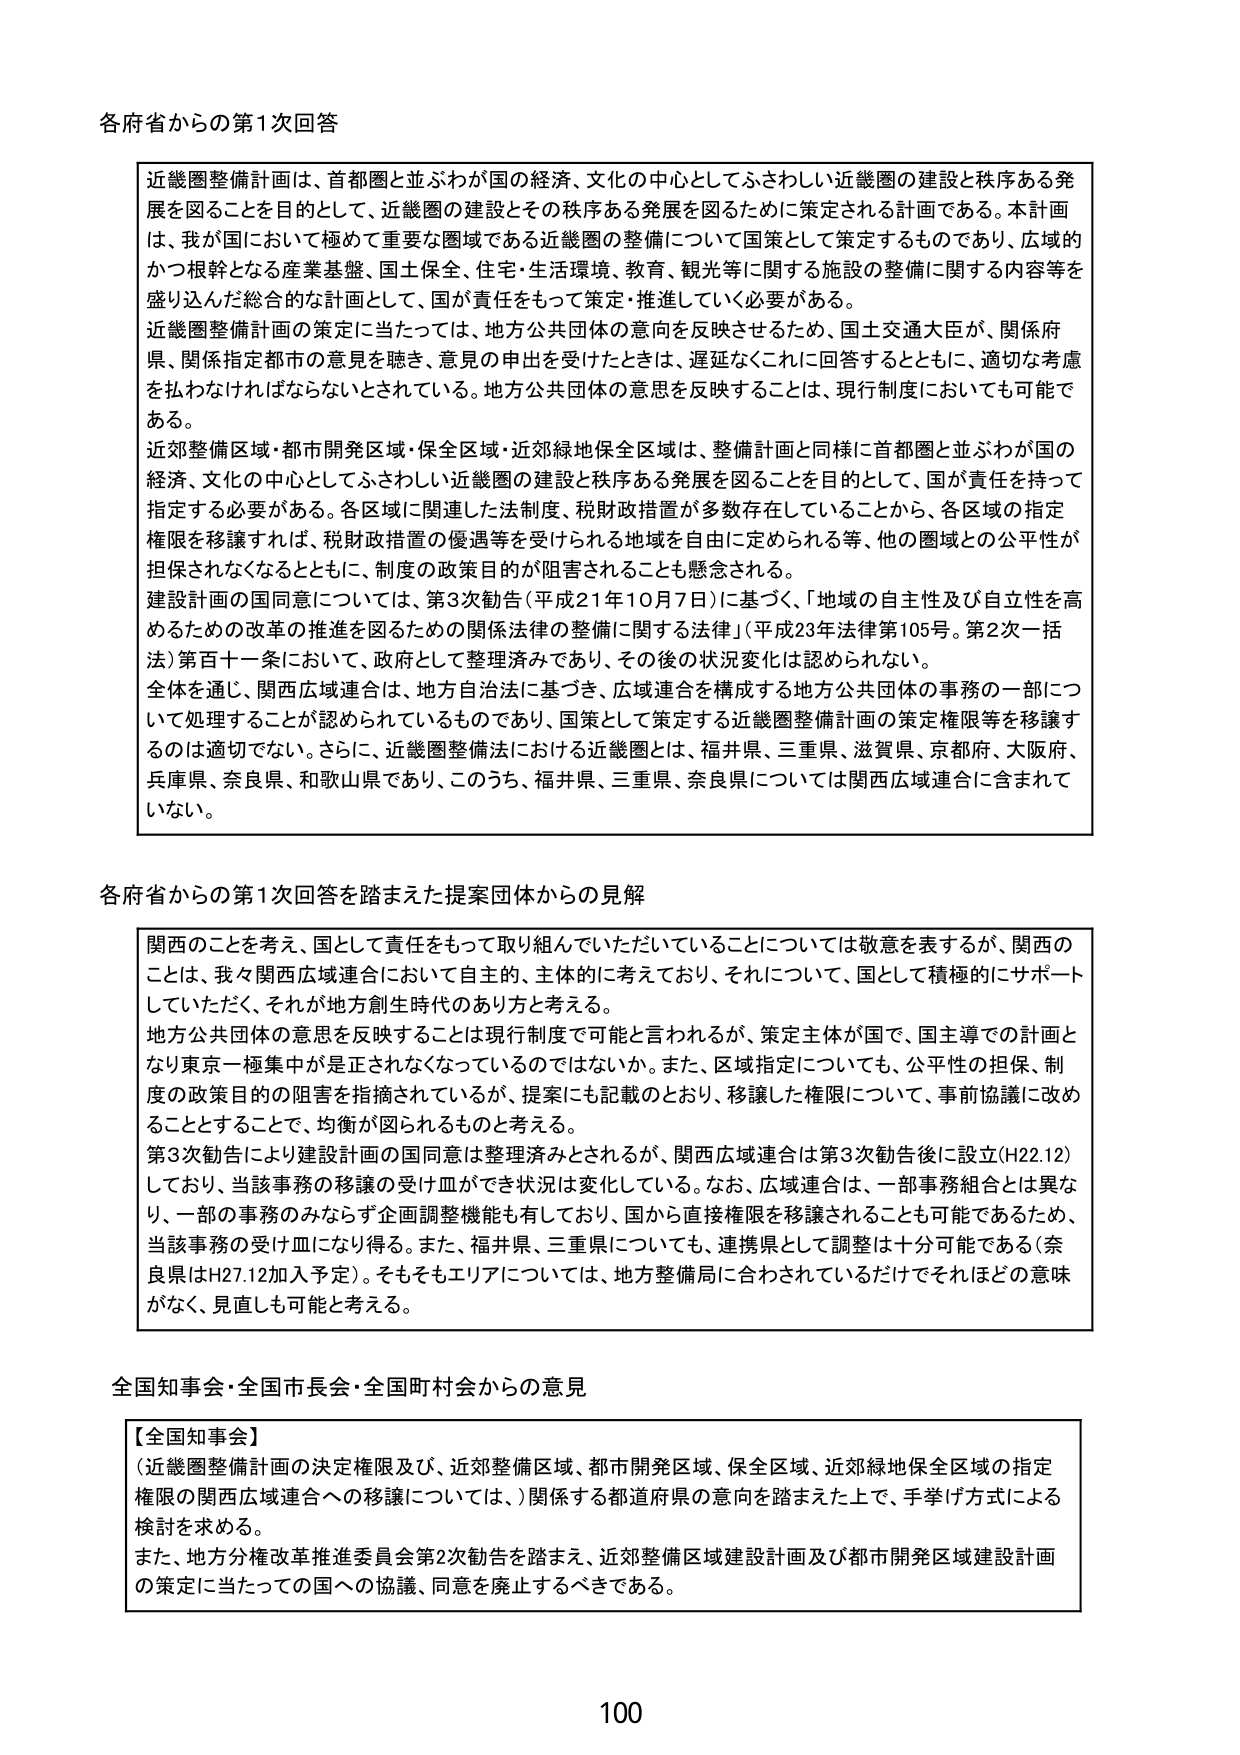
各府省からの第1次回答

近畿圏整備計画は、首都圏と並ぶわが国の経済、文化の中心としてふさわしい近畿圏の建設と秩序ある発展を図ることを目的として、近畿圏の建設とその秩序ある発展を図るために策定される計画である。本計画は、我が国において極めて重要な圏域である近畿圏の整備について国策として策定するものであり、広域的かつ根幹となる産業基盤、国土保全、住宅・生活環境、教育、観光等に関する施設の整備に関する内容等を盛り込んだ総合的な計画として、国が責任をもって策定・推進していく必要がある。

近畿圏整備計画の策定に当たっては、地方公共団体の意向を反映させるため、国土交通大臣が、関係府県、関係指定都市の意見を聴き、意見の申出を受けたときは、遅延なくこれに回答するとともに、適切な考慮を払わなければならないとされている。地方公共団体の意思を反映することは、現行制度においても可能である。

近郊整備区域・都市開発区域・保全区域・近郊緑地保全区域は、整備計画と同様に首都圏と並ぶわが国の経済、文化の中心としてふさわしい近畿圏の建設と秩序ある発展を図ることを目的として、国が責任を持って指定する必要がある。各区域に関連した法制度、税財政措置が多数存在していることから、各区域の指定権限を移譲すれば、税財政措置の優遇等を受けられる地域を自由に定められる等、他の圏域との公平性が担保されなくなるとともに、制度の政策目的が阻害されることも懸念される。

建設計画の国同意については、第3次勧告（平成21年10月7日）に基づく、「地域の自主性及び自立性を高めるための改革の推進を図るための関係法律の整備に関する法律」（平成23年法律第105号。第2次一括法）第百十一条において、政府として整理済みであり、その後の状況変化は認められない。

全体を通じ、関西広域連合は、地方自治法に基づき、広域連合を構成する地方公共団体の事務の一部について処理することが認められているものであり、国策として策定する近畿圏整備計画の策定権限等を移譲するのは適切でない。さらに、近畿圏整備法における近畿圏とは、福井県、三重県、滋賀県、京都府、大阪府、兵庫県、奈良県、和歌山県であり、このうち、福井県、三重県、奈良県については関西広域連合に含まれていない。

各府省からの第1次回答を踏まえた提案団体からの見解

関西のことを考え、国として責任をもって取り組んでいただいていることについては敬意を表するが、関西のことは、我々関西広域連合において自主的、主体的に考えており、それについて、国として積極的にサポートしていただく、それが地方創生時代のあり方と考える。

地方公共団体の意思を反映することは現行制度で可能と言われるが、策定主体が国で、国主導での計画となり東京一極集中が是正されなくなっているのではないか。また、区域指定についても、公平性の担保、制度の政策目的の阻害を指摘されているが、提案にも記載のとおり、移譲した権限について、事前協議に改めることとすることで、均衡が図られるものと考える。

第3次勧告により建設計画の国同意は整理済みとされるが、関西広域連合は第3次勧告後に設立（H22.12）しており、当該事務の移譲の受け皿ができ状況は変化している。なお、広域連合は、一部事務組合とは異なり、一部の事務のみならず企画調整機能も有しており、国から直接権限を移譲されることも可能であるため、当該事務の受け皿になり得る。また、福井県、三重県についても、連携県として調整は十分可能である（奈良県はH27.12加入予定）。そもそもエリアについては、地方整備局に合わせられているだけでそれほどの意味がなく、見直しも可能と考える。

全国知事会・全国市長会・全国町村会からの意見

【全国知事会】
（近畿圏整備計画の決定権限及び、近郊整備区域、都市開発区域、保全区域、近郊緑地保全区域の指定権限の関西広域連合への移譲については、）関係する都道府県の意向を踏まえた上で、手挙げ方式による検討を求める。

また、地方分権改革推進委員会第2次勧告を踏まえ、近郊整備区域建設計画及び都市開発区域建設計画の策定に当たっての国への協議、同意を廃止するべきである。

100